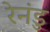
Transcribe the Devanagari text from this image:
रेनंडु